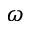
\omega